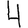
Digit: 4